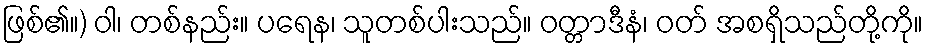
ဖြစ်၏။) ဝါ၊ တစ်နည်း။ ပရေန၊ သူတစ်ပါးသည်။ ဝတ္တာဒီနံ၊ ဝတ် အစရှိသည်တို့ကို။